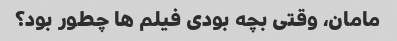
مامان، وقتی بچه بودی فیلم ها چطور بود؟